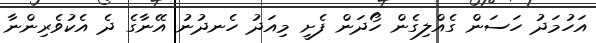
އަހުމަދު ހަސަން ގެއްލިގެން ހޯދަން ފެށީ މިއަދު ހެނދުނު އޭނާގެ ދެ އެކުވެރިންނާ